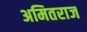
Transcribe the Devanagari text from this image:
अमितराज